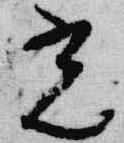
光